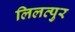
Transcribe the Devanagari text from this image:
लिलत्पुर